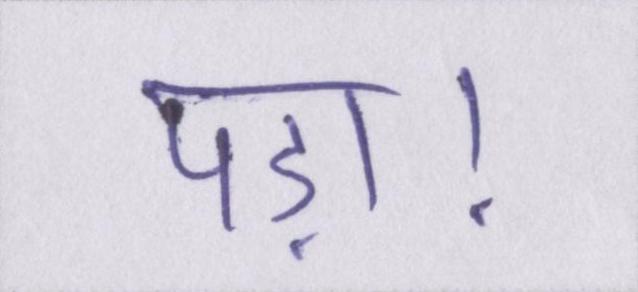
पड़ा।